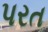
પરત